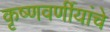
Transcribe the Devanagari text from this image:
कृष्णवर्णीयांचे